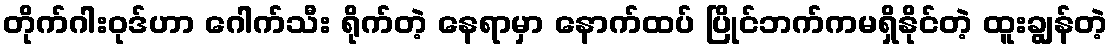
တိုက်ဂါးဝုဒ်ဟာ ဂေါက်သီး ရိုက်တဲ့ နေရာမှာ နောက်ထပ် ပြိုင်ဘက်ကမရှိနိုင်တဲ့ ထူးချွန်တဲ့